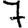
Digit: 7